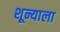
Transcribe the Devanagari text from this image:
शून्याला